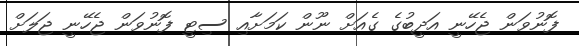
ފޮނުވަން ޖެހޭނީ އަދީބުގެ ގެއަށް ނޫން ކަމަށާއި ސިޓީ ފޮނުވަން ޖެހޭނީ ޖަލަށް